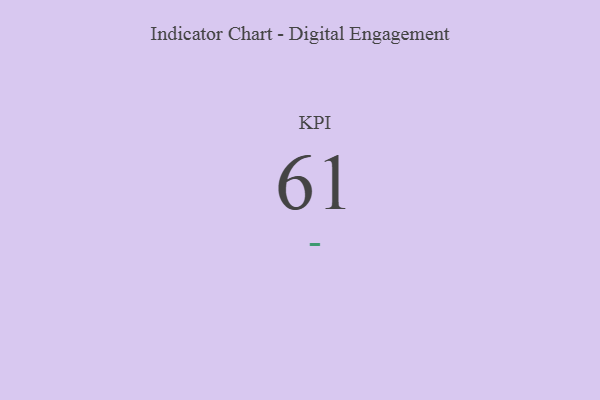
{"axis": {"x": "KPI", "y": "Value"}, "legend": [""], "data": [{"x": "KPI", "y": 61, "type": ""}]}